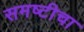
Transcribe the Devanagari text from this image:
समष्टीचा